Enquiry on enteric fever in India - Number 32
Disease focus: Fever
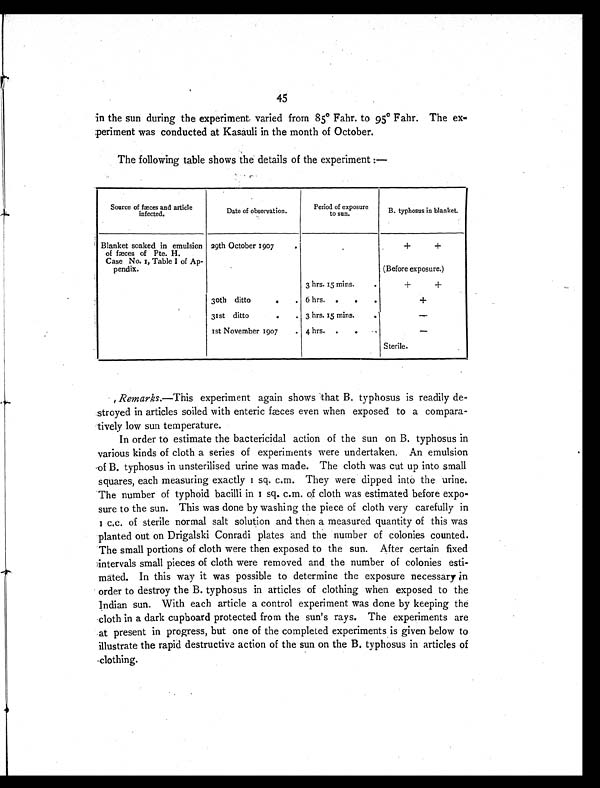
45
in the sun during the experiment varied from 85° Fahr. to 95° Fahr. The ex-
periment was conducted at Kasauli in the month of October.
The following table shows the details of the experiment :—
Source of fæces and article
infected.
Date of observation.
Period of exposure
to sun.
B. typhosus in blanket.
Blanket soaked in emulsion
of fæces of Pte. H.
Case No. 1, Table I of Ap-
pendix.
29th October 1907
.
+ +
(Before exposure.)
3 hrs. 15 mins.
.
+ +
30th ditto
. . 6 hrs. . . .
+
31st ditto
. . 3 hrs. 15 mins.
.
—
1st November 1907 . 4 hrs. . .
.
—
Sterile.
Remarks.—This experiment again shows that B. typhosus is readily de-
stroyed in articles soiled with enteric fæces even when exposed to a compara-
tively low sun temperature.
In order to estimate the bactericidal action of the sun on B. typhosus in
various kinds of cloth a series of experiments were undertaken. An emulsion
of B. typhosus in unsterilised urine was made. The cloth was cut up into small
squares, each measuring exactly 1 sq. c.m. They were dipped into the urine.
The number of typhoid bacilli in 1 sq. c.m. of cloth was estimated before expo-
sure to the sun. This was done by washing the piece of cloth very carefully in
1 c.c. of sterile normal salt solution and then a measured quantity of this was
planted out on Drigalski Conradi plates and the number of colonies counted.
The small portions of cloth were then exposed to the sun. After certain fixed
intervals small pieces of cloth were removed and the number of colonies esti-
mated. In this way it was possible to determine the exposure necessary in
order to destroy the B. typhosus in articles of clothing when exposed to the
Indian sun. With each article a control experiment was done by keeping the
cloth in a dark cupboard protected from the sun's rays. The experiments are
at present in progress, but one of the completed experiments is given below to
illustrate the rapid destructive action of the sun on the B. typhosus in articles of
clothing.